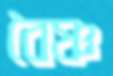
বৈষ্ণ